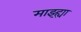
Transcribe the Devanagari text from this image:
माझ्ह्या